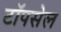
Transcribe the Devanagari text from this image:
टॉपसेल